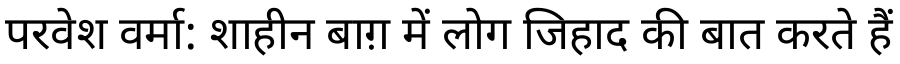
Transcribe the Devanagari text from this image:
परवेश वर्मा: शाहीन बाग़ में लोग जिहाद की बात करते हैं